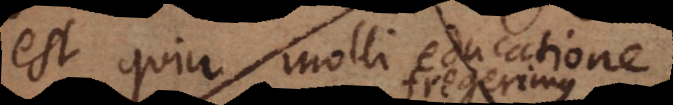
nisi in molli educatione